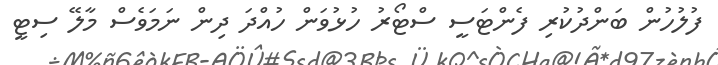
ފުލުހުން ބަންދުކުރި ފެންޓަސީ ސްޓޯރު ހުޅުވަން ހުއްދަ ދިން ނަމަވެސް މާލޭ ސިޓީ